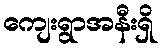
ကျေးရွာအနီးရှိ